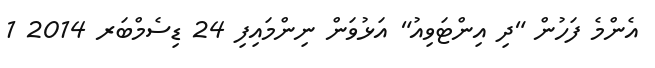
އެންމެ ފަހުން "ދި އިންޓަވިއު" އަޅުވަން ނިންމައިފި 24 ޑިސެމްބަރ 2014 1